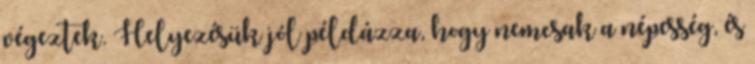
végeztek. Helyezésük jól példázza, hogy nemcsak a népesség, és